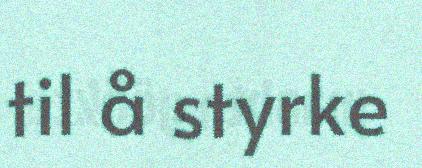
til å styrke